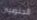
الجنوبيين